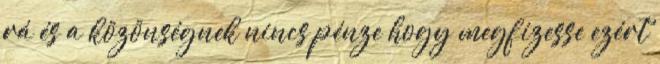
rá és a közönségnek nincs pénze hogy megfizesse ezért